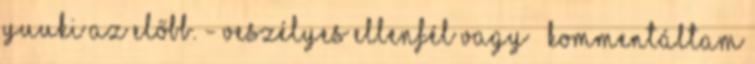
Yuuki az előbb. - Veszélyes ellenfél vagy – kommentáltam